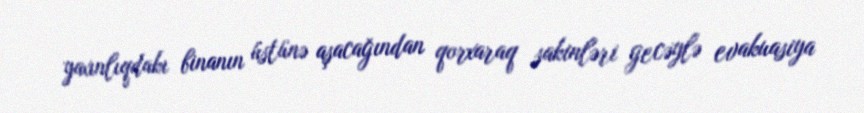
yaxınlıqdakı binanın üstünə aşacağından qorxaraq sakinləri gecəylə evakuasiya